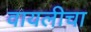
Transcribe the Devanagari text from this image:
वायलीचा